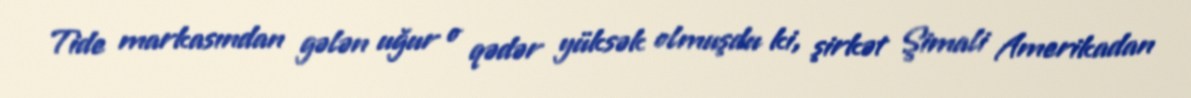
Tide markasından gələn uğur o qədər yüksək olmuşdu ki, şirkət Şimali Amerikadan